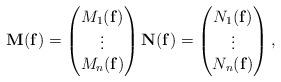
LaTeX: \begin{align*} \mathbf M(\mathbf f) = \begin{pmatrix} M_1(\mathbf f) \\ \vdots \\ M_n(\mathbf f) \end{pmatrix} \mathbf N(\mathbf f) = \begin{pmatrix} N_1(\mathbf f) \\ \vdots \\ N_n(\mathbf f) \end{pmatrix},\end{align*}